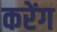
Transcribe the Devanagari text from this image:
करेंग